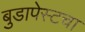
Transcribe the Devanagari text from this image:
बुडापेस्टचा